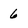
Character: 6